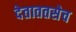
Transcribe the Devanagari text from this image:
देताततसेच